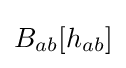
B_{ab}[h_{ab}]